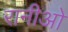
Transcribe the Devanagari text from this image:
रानीओ